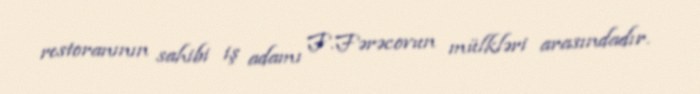
restoranının sahibi iş adamı F.Fərəcovun mülkləri arasındadır.